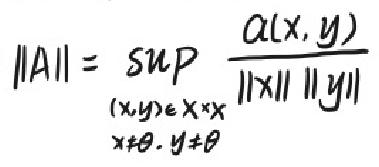
\[ \|A\| = \sup_{\substack{(x,y)\in X\times X \\ x\neq\theta, y\neq\theta}} \frac{\alpha(x,y)}{\|x\| \|y\|} \]